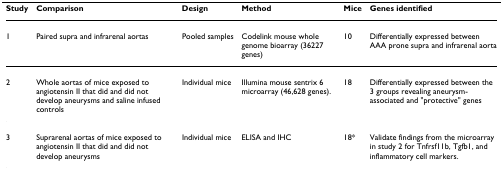
<table><thead><tr><td><b>Study</b></td><td><b>Comparison</b></td><td><b>Design</b></td><td><b>Method</b></td><td><b>Mice</b></td><td><b>Genes identified</b></td></tr></thead><tbody><tr><td>1</td><td>Paired supra and infrarenal aortas</td><td>Pooled samples</td><td>Codelink mouse whole genome bioarray (36227 genes)</td><td>10</td><td>Differentially expressed between AAA prone supra and infrarenal aorta</td></tr><tr><td>2</td><td>Whole aortas of mice exposed to angiotensin II that did and did not develop aneurysms and saline infused controls</td><td>Individual mice</td><td>Illumina mouse sentrix 6 microarray (46,628 genes).</td><td>18</td><td>Differentially expressed between the 3 groups revealing aneurysm-associated and &quot;protective&quot; genes</td></tr><tr><td>3</td><td>Suprarenal aortas of mice exposed to angiotensin II that did and did not develop aneurysms</td><td>Individual mice</td><td>ELISA and IHC</td><td>18*</td><td>Validate findings from the microarray in study 2 for Tnfrsf11b, Tgfb1, and inflammatory cell markers.</td></tr></tbody></table>